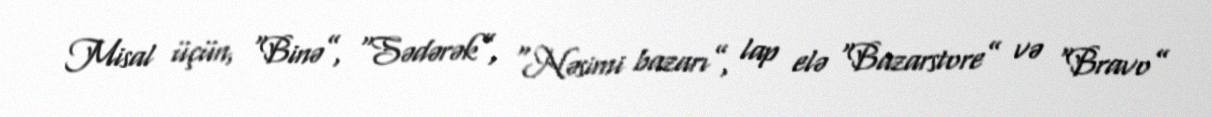
Misal üçün, “Binə”, “Sədərək”, “Nəsimi bazarı”, lap elə “Bazarstore” və “Bravo”